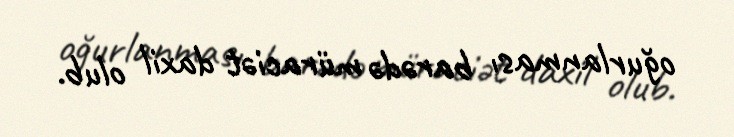
oğurlanması barədə müraciət daxil olub.